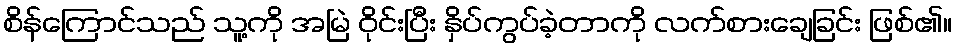
စိန်ကြောင်သည် သူ့ကို အမြဲ ဝိုင်းပြီး နှိပ်ကွပ်ခဲ့တာကို လက်စားချေခြင်း ဖြစ်၏။